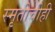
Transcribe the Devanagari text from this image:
स्मृतीचीही